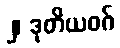
၂၊ ဒုတိယဝဂ်